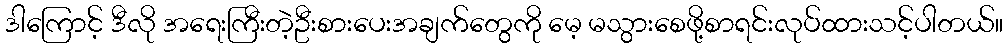
ဒါကြောင့် ဒီလို အရေးကြီးတဲ့ဦးစားပေးအချက်တွေကို မေ့ မသွားစေဖို့စာရင်းလုပ်ထားသင့်ပါတယ်။